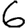
Digit: 6